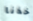
خذنا